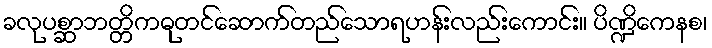
ခလုပစ္ဆာဘတ္တိကဓုတင်ဆောက်တည်သောရဟန်းလည်းကောင်း။ ပိဏ္ဍိကေနစ၊